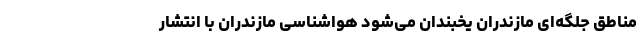
مناطق جلگه‌ای مازندران یخبندان می‌شود هواشناسی مازندران با انتشار